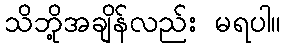
သိဘို့အချိန်လည်း မရပါ။